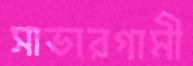
সাভারগামী